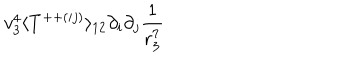
v _ { 3 } ^ { 4 } \langle T ^ { + + ( i j ) } \rangle _ { 1 2 } \partial _ { i } \partial _ { j } \frac { 1 } { r _ { 3 } ^ { 7 } }